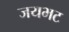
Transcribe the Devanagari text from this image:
जयभट